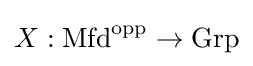
X:\mathrm {Mfd} ^{\text{opp}}\to \mathrm {Grp}